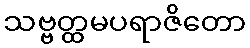
သဗ္ဗတ္ထမပရာဇိတော